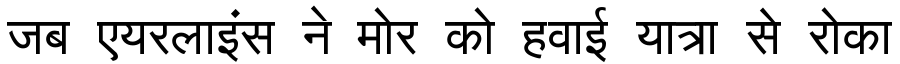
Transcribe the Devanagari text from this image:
जब एयरलाइंस ने मोर को हवाई यात्रा से रोका